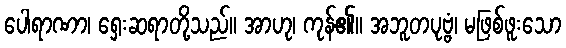
ပေါရာဏာ၊ ရှေးဆရာတို့သည်။ အာဟု၊ ကုန်၏။ အဘူတပုဗ္ဗံ၊ မဖြစ်ဖူးသော